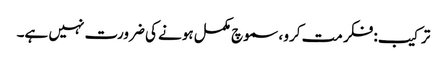
ترکیب: فکر مت کرو ، سموچ مکمل ہونے کی ضرورت نہیں ہے۔